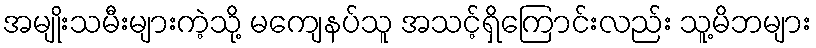
အမျိုးသမီးများကဲ့သို့ မကျေနပ်သူ အသင့်ရှိကြောင်းလည်း သူ့မိဘများ